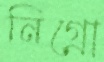
নিগ্রো